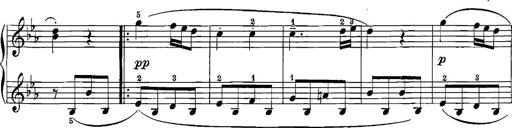
Title: 12 Sonatinas
Composer: Ignaz Pleyel